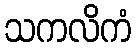
သကလိကံ